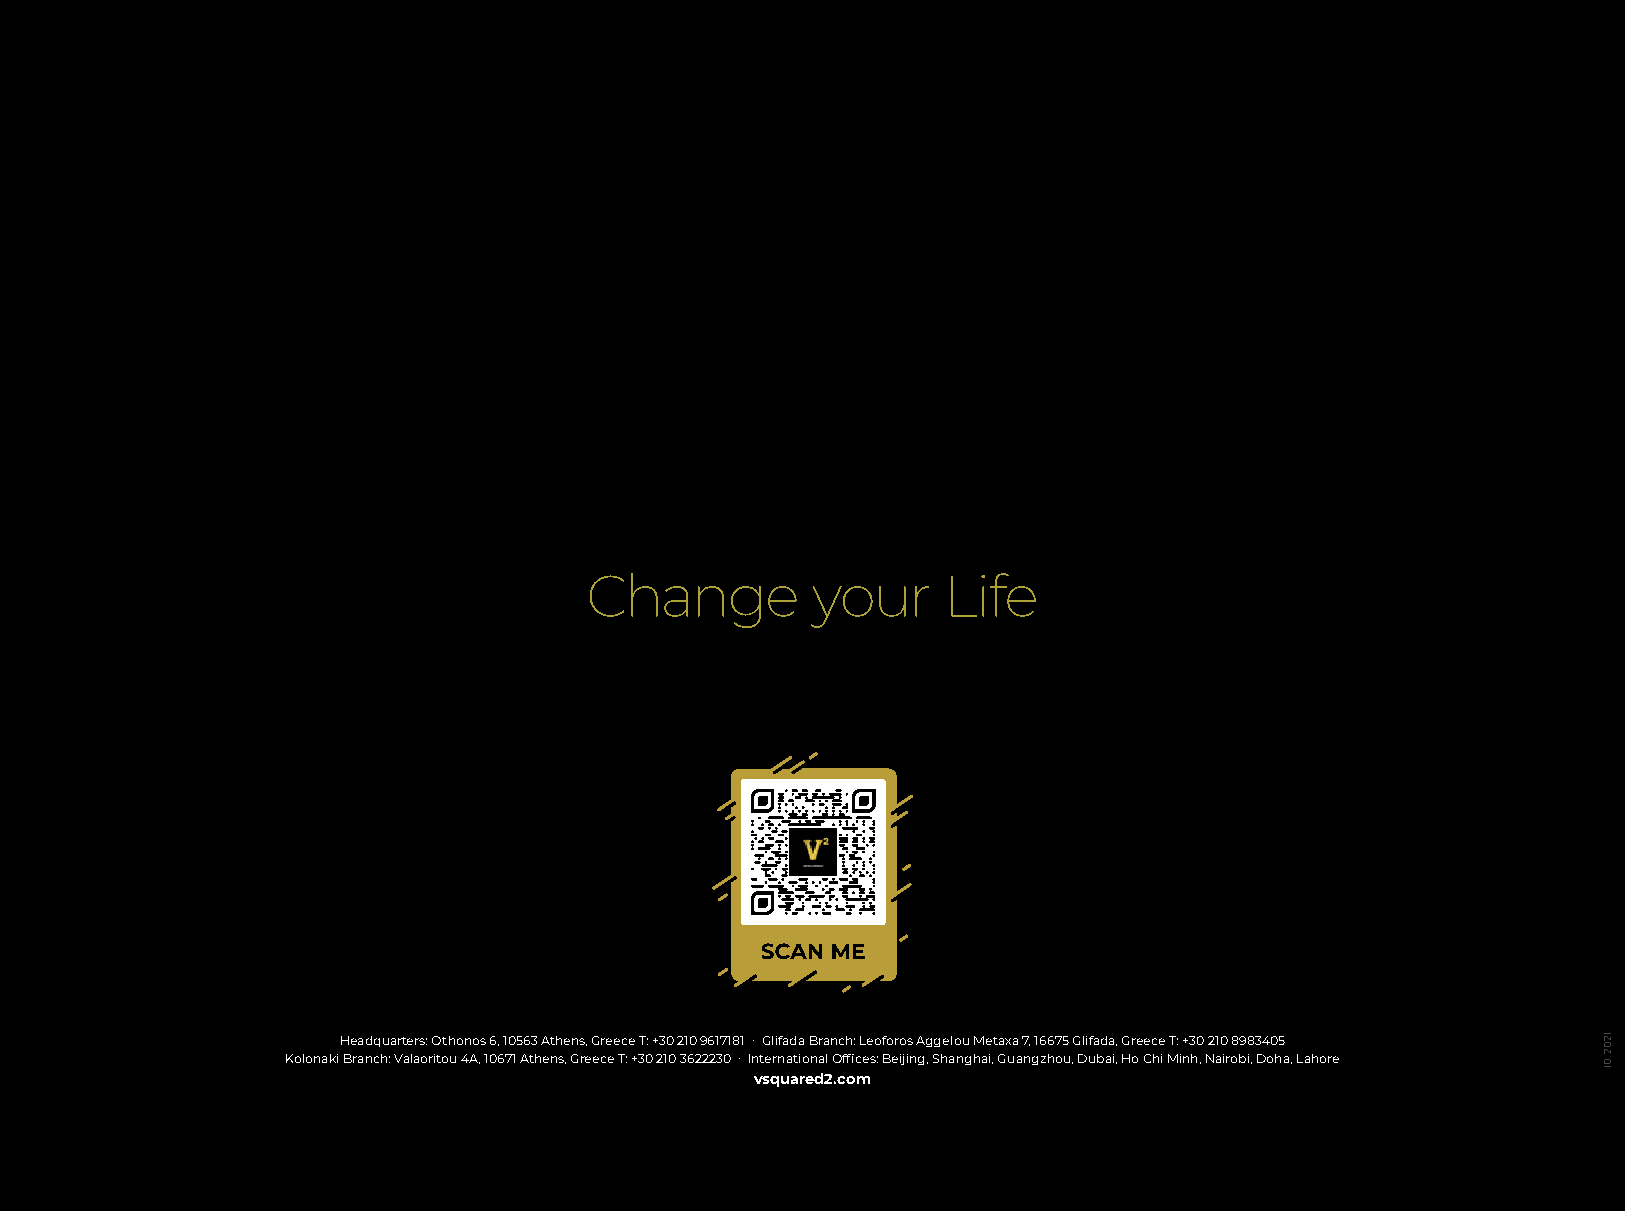
Change         your    Life
 Headquarters: Othonos 6, 10563 Athens, Greece T: +30 210 9617181 ∙ Glifada Branch: Leoforos Aggelou Metaxa 7, 16675 Glifada, Greece T: +30 210 8983405
 Kolonaki Branch: Valaoritou 4A, 10671 Athens, Greece T: +30 210 3622230 ∙ International Offices: Beijing, Shanghai, Guangzhou, Dubai, Ho Chi Minh, Nairobi, Doha, Lahore
 vsquared2.com
 56
 1202
 .01